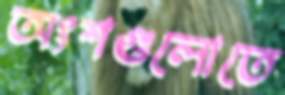
অংশগুলোতে